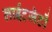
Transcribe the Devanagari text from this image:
लाईटजेटों